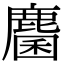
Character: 麕